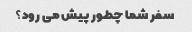
سفر شما چطور پیش می رود؟